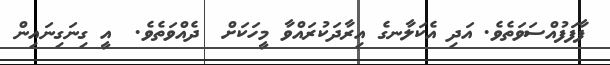
ފާފަފުއްސަވަތެވެ. އަދި އެކަލާނގެ އިރާދަކުރައްވާ މީހަކަށް  ދެއްވަތެވެ.  އީ ގިނަގިނައިން